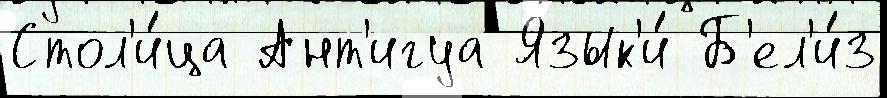
Стол'и́ца Ант'игуа Язык'и́ Б'ел'и́з